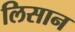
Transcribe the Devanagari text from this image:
लिसान